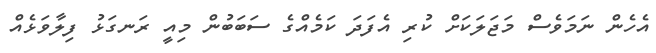
އެހެން ނަމަވެސް މަޖަލަކަށް ކުރި އެފަދަ ކަމެއްގެ ސަބަބުން މިއީ ރަނގަޅު ފިލާވަޅެއް